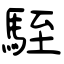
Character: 駤